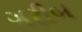
ગરીબ